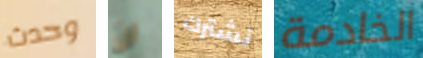
وحدث ان نشترك الخادمة